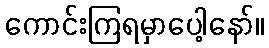
ကောင်းကြရမှာပေါ့နော်။